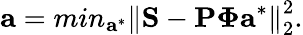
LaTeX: \mathbf{a}=min_{\mathbf{a}^{*}}\left\lVert\mathbf{S}-\mathbf{P}\boldsymbol{\Phi}\mathbf{a}^{*}\right\rVert_{2}^{2}.